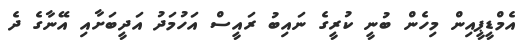
އެމްޑީޕީއިން މިހެން ބުނީ ކުރީގެ ނައިބު ރައީސް އަހުމަދު އަދީބަށާއި އޭނާގެ ދެ